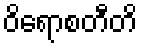
ဝိရောစတီတိ